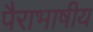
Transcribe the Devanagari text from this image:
पैराभाषीय